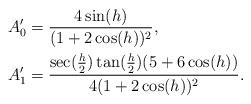
LaTeX: \begin{align*} A'_0&=\frac{4\sin(h)}{(1+2\cos(h))^2},\\ A'_1&=\frac{\sec(\frac{h}{2})\tan(\frac{h}{2})(5+6\cos(h))}{4(1+2\cos(h))^2}.\end{align*}